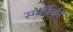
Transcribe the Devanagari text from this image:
स्मर्निकी